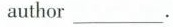
author ___ .